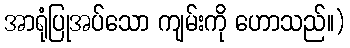
အာရုံပြုအပ်သော ကျမ်းကို ဟောသည်။)